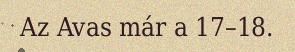
Az Avas már a 17–18.